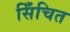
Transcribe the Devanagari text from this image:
सिँचित